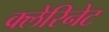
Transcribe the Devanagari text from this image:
क्लेरिनेट